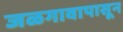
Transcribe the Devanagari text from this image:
जळगावापासून